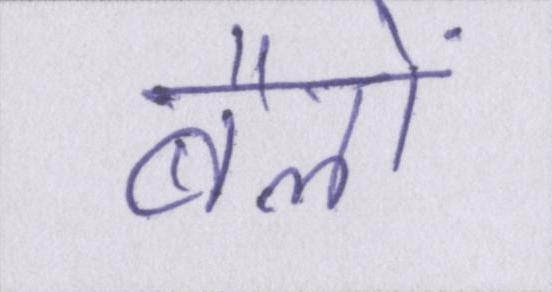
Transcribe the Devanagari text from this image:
बैलों